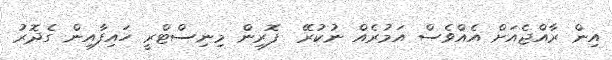
އިން ރާއްޖެއަށް އެއްވެސް އަމުރެއް ނުކުރޭ  ފޮރިން މިނިސްޓްރީ ހައިފާއިން ގެދޮރު